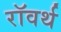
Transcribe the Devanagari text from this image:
रॉवर्थ